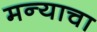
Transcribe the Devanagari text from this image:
मन्याचा